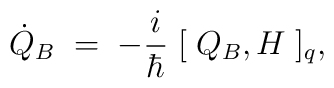
\dot Q_{B}\; =\; -\frac{i}{\hbar}\; [\; Q_{B}, H\; ]_{q},